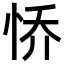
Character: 㤭